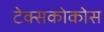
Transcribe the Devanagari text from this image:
टेक्सकोकोस